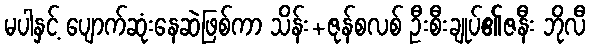
မပါနှင့် ပျောက်ဆုံးနေဆဲဖြစ်ကာ သိန်း+ဇုန်စလစ် ဦးစီးချုပ်၏ဇနီး ဘိုလီ